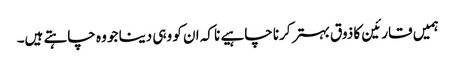
ہمیں قارئین کا ذوق بہتر کرنا چاہیے نا کہ ان کو وہی دینا جو وہ چاہتے ہیں۔